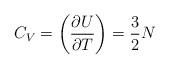
LaTeX: \begin{align*}C_V = \biggl( { \partial U \over \partial T } \biggr) = { 3 \over 2 }N\end{align*}